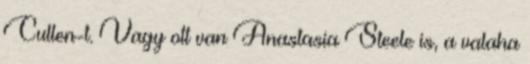
Cullen-t. Vagy ott van Anastasia Steele is, a valaha